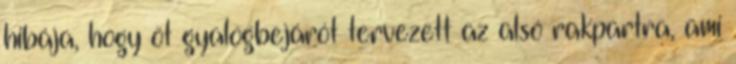
hibája, hogy öt gyalogbejárót tervezett az alsó rakpartra, ami